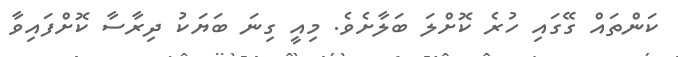
ކަންތައް ގޭގައި ހުރެ ކޮށްލަ ބަލާށެވެ. މިއީ ގިނަ ބަޔަކު ދިރާސާ ކޮށްފައިވާ